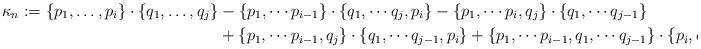
\begin{align*}\kappa_n := \{p_1,\dots, p_i\}\cdot \{q_1, \dots, q_j\} &- \{p_1, \cdots p_{i-1}\} \cdot \{q_1, \cdots q_{j}, p_{i}\} - \{p_1, \cdots p_{i}, q_j\} \cdot \{q_1, \cdots q_{j-1}\} \\&+ \{p_1, \cdots p_{i-1}, q_j\} \cdot \{q_1, \cdots q_{j-1}, p_{i}\} + \{p_1, \cdots p_{i-1}, q_1, \cdots q_{j-1}\} \cdot \{p_i, q_j\}\end{align*}